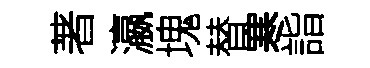
著瀛塊替寒詣